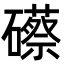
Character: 礤